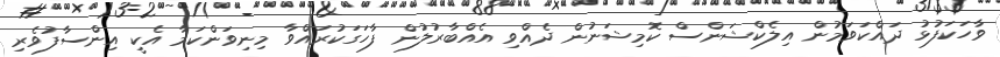
ވާހަކަފުޅު ދައްކަވަމުން އިލެކްޝަންސް ކޮމިޝަނުން ދެއްވި އެއްބާރުލުން ފާހަގަކުރައްވާ މިނިވަންކަމާ އެކީ އިންސާފުވެރި